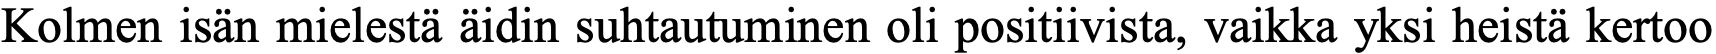
Kolmen isän mielestä äidin suhtautuminen oli positiivista, vaikka yksi heistä kertoo